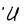
Character: U